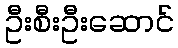
ဦးစီးဦးဆောင်